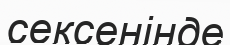
сексенінде